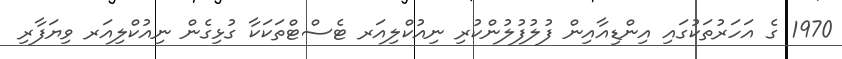
1970 ގެ އަހަރުތަކުގައި އިންޑިއާއިން ފުލުފުލުންކުރި ނިއުކްލިއަރ ޓެސްޓްތަކަކާ ގުޅިގެން ނިއުކްލިއަރ ވިޔަފާރި